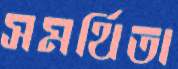
সমর্থিতা